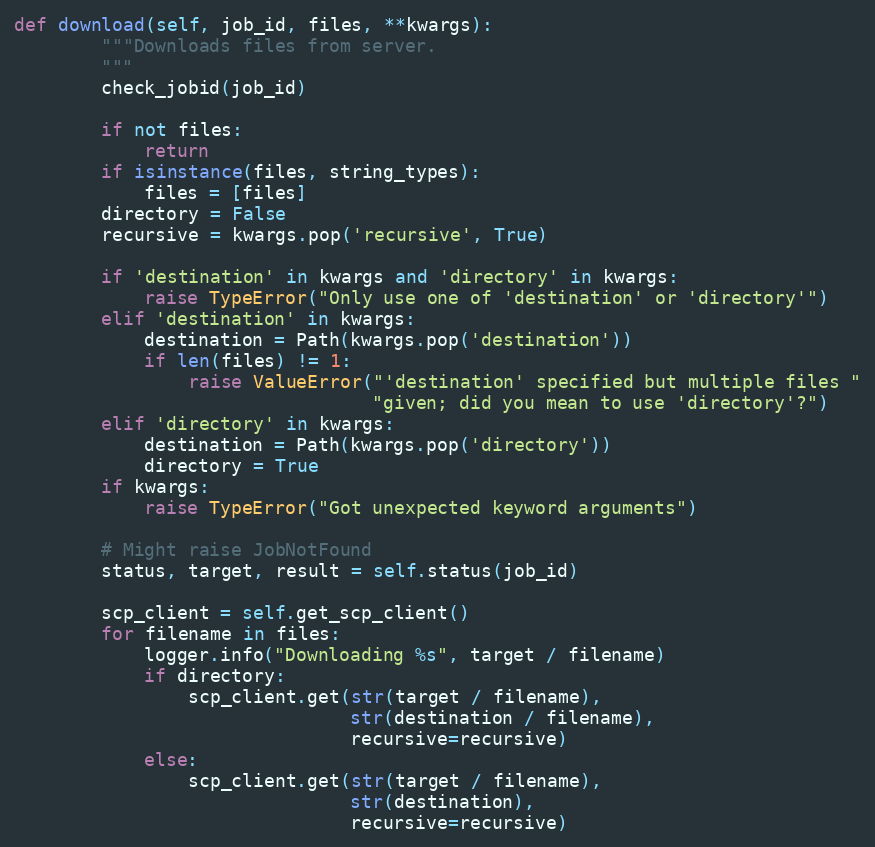
Language: Python
def download(self, job_id, files, **kwargs):
        """Downloads files from server.
        """
        check_jobid(job_id)

        if not files:
            return
        if isinstance(files, string_types):
            files = [files]
        directory = False
        recursive = kwargs.pop('recursive', True)

        if 'destination' in kwargs and 'directory' in kwargs:
            raise TypeError("Only use one of 'destination' or 'directory'")
        elif 'destination' in kwargs:
            destination = Path(kwargs.pop('destination'))
            if len(files) != 1:
                raise ValueError("'destination' specified but multiple files "
                                 "given; did you mean to use 'directory'?")
        elif 'directory' in kwargs:
            destination = Path(kwargs.pop('directory'))
            directory = True
        if kwargs:
            raise TypeError("Got unexpected keyword arguments")

        # Might raise JobNotFound
        status, target, result = self.status(job_id)

        scp_client = self.get_scp_client()
        for filename in files:
            logger.info("Downloading %s", target / filename)
            if directory:
                scp_client.get(str(target / filename),
                               str(destination / filename),
                               recursive=recursive)
            else:
                scp_client.get(str(target / filename),
                               str(destination),
                               recursive=recursive)